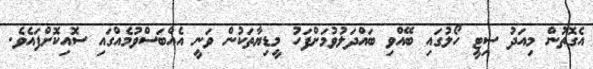
އެގޮތުން މިއަދު ސިޓީ ހޯލުގައި ބޭއްވި ބައްދަލުވުމަށްފަހު މީޑިޔާތަކުން ވަނީ އެއްބަސްވުމެއްގައި ސޮއިކޮށްފައެވެ.